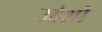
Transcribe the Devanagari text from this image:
उद्देशो